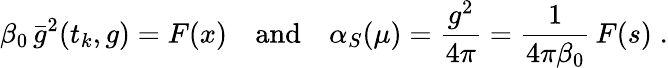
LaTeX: \beta_{0}\, \bar{g}^{2}(t_{k},g)=F(x)\quad\mathrm{and}\quad\alpha_{S}(\mu)=\frac{g^{2}}{4\pi}=\frac{1}{4\pi\beta_{0}}\, F(s)\; .